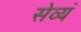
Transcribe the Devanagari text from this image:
सेव्यं